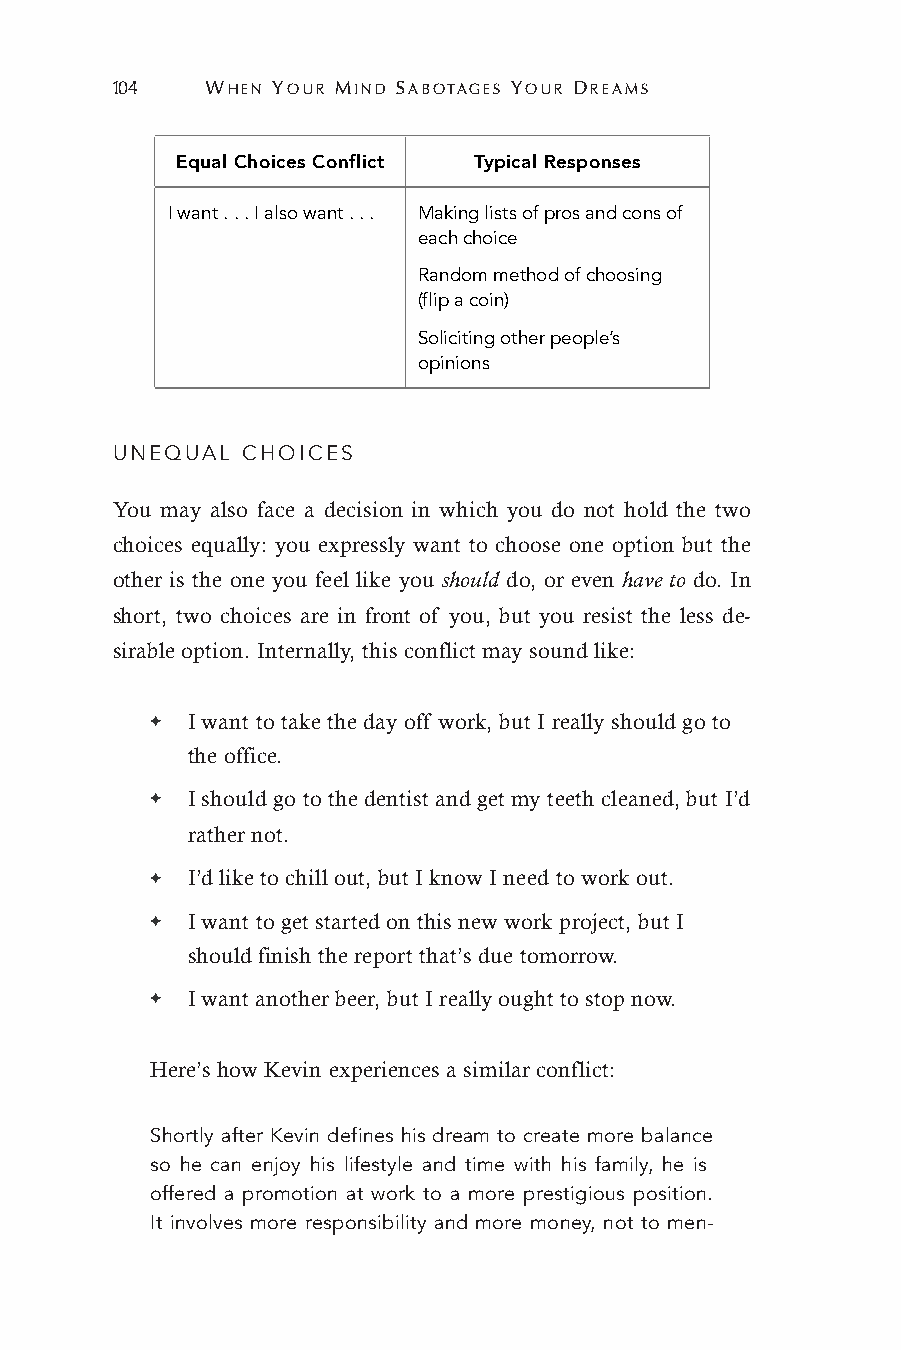
104    WHEN YOUR MIND SABOTAGES YOUR DREAMS
 Equal Choices Conflict Typical Responses
 I want . . . I also want . . . Making lists of pros and cons of
 each choice
 Random method of choosing
 (flip a coin)
 Soliciting other people’s
 opinions
 UNEQUAL  CHOICES
 You may also face a decision in which you do not hold the two
 choices equally: you expressly want to choose one option but the
 other is the one you feel like you should do, or even have to do. In
 short, two choices are in front of you, but you resist the less de-
 sirable option. Internally, this conflict may sound like:
 ✦ I want to take the day off work, but I really should go to
 the office.
 ✦ I should go to the dentist and get my teeth cleaned, but I’d
 rather not.
 ✦ I’d like to chill out, but I know I need to work out.
 ✦ I want to get started on this new work project, but I
 should finish the report that’s due tomorrow.
 ✦ I want another beer, but I really ought to stop now.
 Here’s how Kevin experiences a similar conflict:
 Shortly after Kevin defines his dream to create more balance
 so he can enjoy his lifestyle and time with his family, he is
 offered a promotion at work to a more prestigious position.
 It involves more responsibility and more money, not to men-